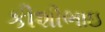
કીશીભાઇ